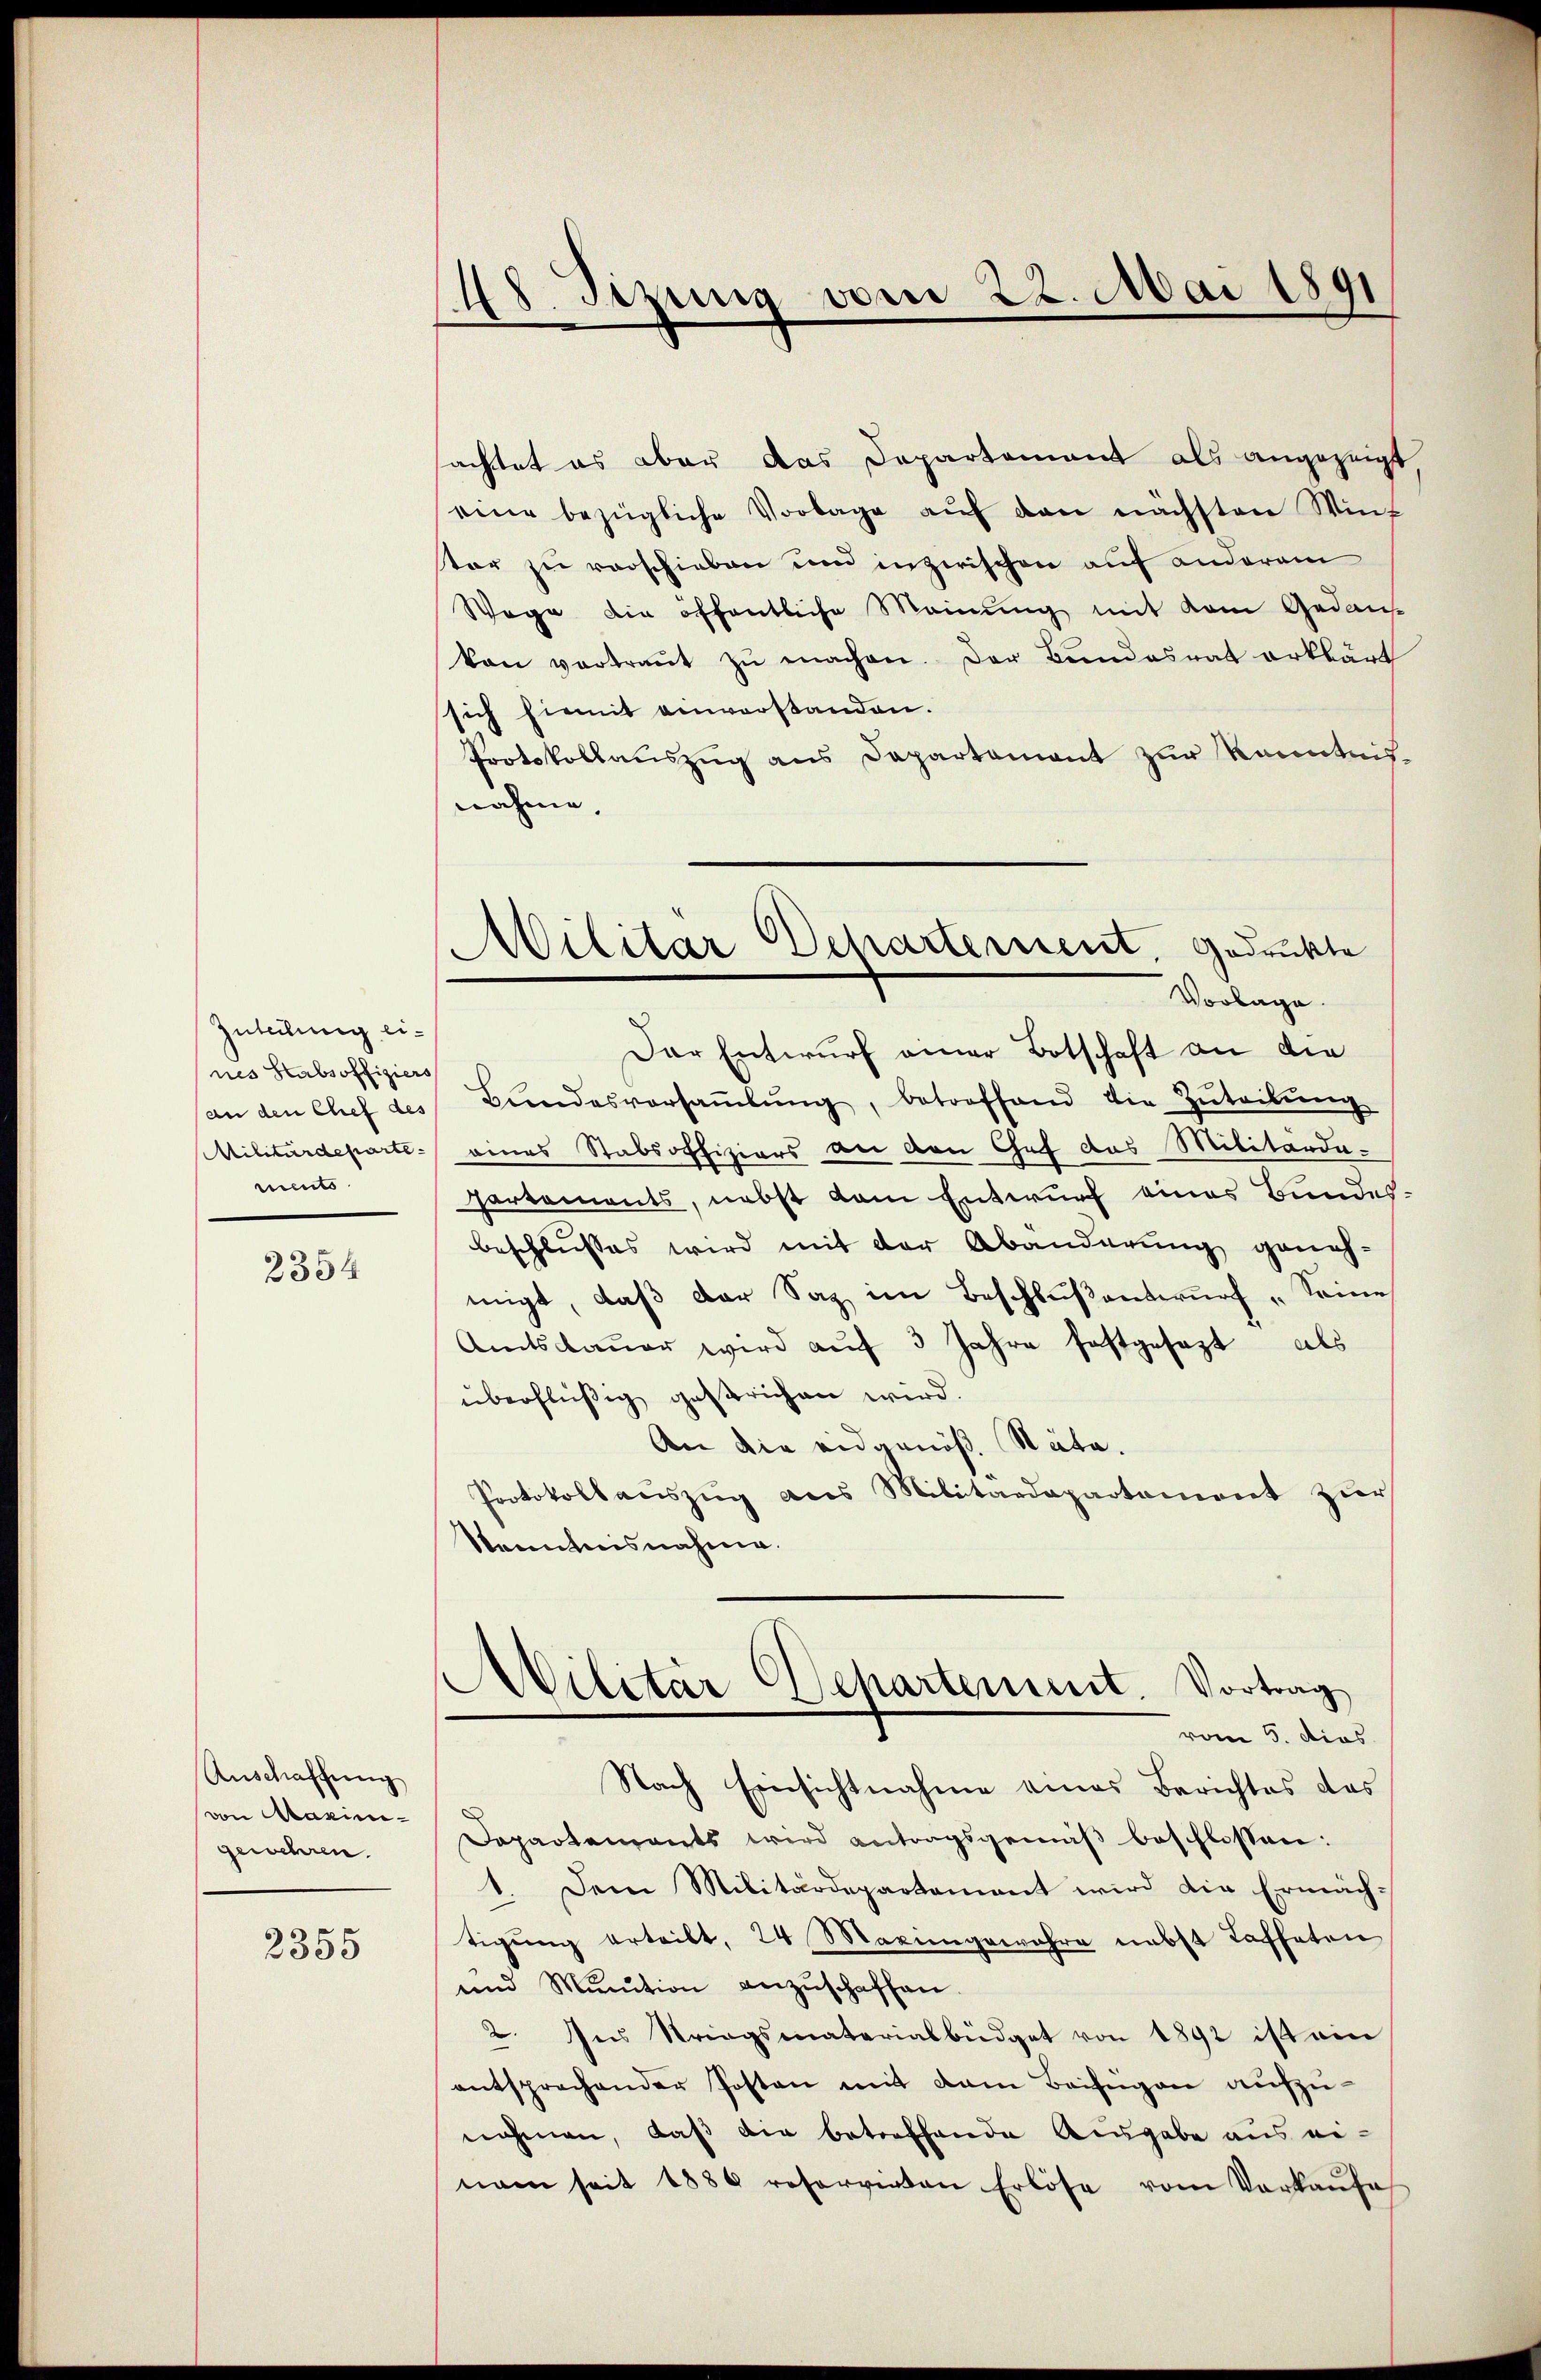
Zuteilung eines Stabsoffiziers
an den Chef des
Militärdepartements

2354

Auschaffung
von Maximigewehren.

2355

48. Sizung vom 22. Mai 1891

Militar Departement, gedruckte
Vorlage.

sachtet es aber das Departement als angezeigt,
eine bezügliche Vorlage aŭf den nächsten Wint
tor zu verschieben und inzwischen auf anderem
Wege die öffentliche Meinung mit dem Gedank
von vortraŭt zŭ machen. Der Bundesrat erklärt
sich hiemit einverstanden.
Protokollaŭszŭg ans Departement zŭr Kenntnis.
nahme,
Der Entwurf einer Botschaft an die
Bŭndesversaṁlŭng, betroffend die Zŭteilŭng
eines Stabsoffiziers an den Chef das Militärdapartements, nebst kam Entwurf eines Bundes-
beschliesses wird mit der Abänderung geneh-
migt, daß der Sag im Beschlußantwurf „Seine
Amtsdaŭer wird aŭf 3 Jahre festgesezt als
überflüßig gesprichen wird.
An die eidgenöß. Näte.
Protokollauszug aus Militärdepartement zur
Kenntnisnahme.
Militär Departement. Vortrag
vom 5. dies
Nach Einsichtnahme eines Berichtes des
Departements wird antragsgemäß beschlossen:
1. Dem Militärdepartement wird die Ermächtigung erteilt, 24 Maringewahre nebst Taffeten
und Munition anzŭschaffen.
2. Ins Striegsmaterialbüdget von 1892 ist ein
entsprechender Posten mit dem Beifügen aufzunehmen, daß die betreffende Ausgabe aus einam seit 1886 reservirten Erlöse vom Verkaŭfe